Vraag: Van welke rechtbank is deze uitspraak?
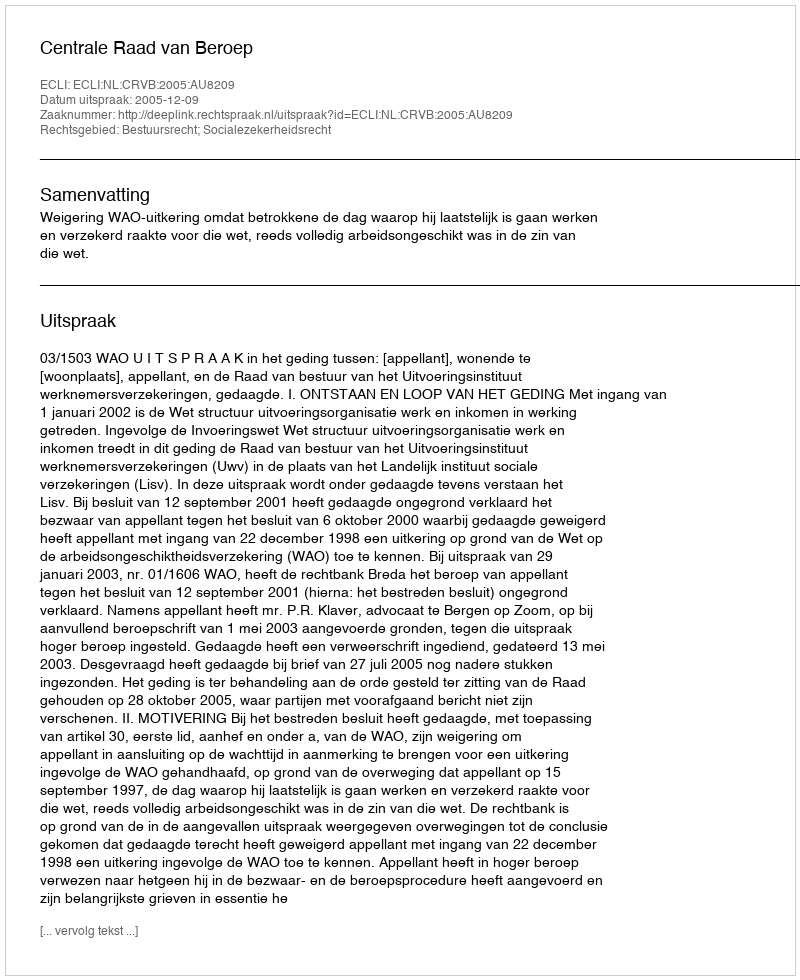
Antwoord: Centrale Raad van Beroep